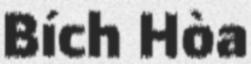
Bích Hòa